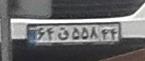
۶۴ق۵۵۸۴۴